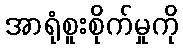
အာရုံစူးစိုက်မှုကို